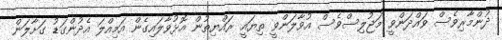
ދުންމާރިވެސް ވައްދަންވީ މަޖުލިސްވެސް އުވާލަންވީ ތިޔައީ ރައްޔިތުން އޮޅުވާލައިގެން އަމިއްލަ އެދުންގަޑު ގަށާލަން